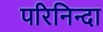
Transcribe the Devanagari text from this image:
परिनिन्दा